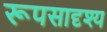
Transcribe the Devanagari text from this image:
रूपसादृश्य